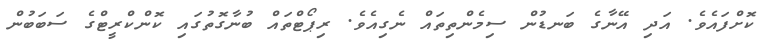
ކޮށްފައެވެ. އަދި އޭނާގެ ބަނޑުން ސިމެންތިތައް ނެގިއެވެ. ރިޕޯޓްތައް ބުނާގޮތުގައި ކޮންކްރީޓްގެ ސަަބަބުން